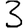
Digit: 3